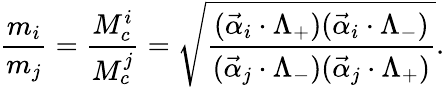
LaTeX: \frac{m_{i}}{m_{j}}=\frac{M_{c}^{i}}{M_{c}^{j}}=\sqrt{\frac{(\vec{\alpha}_{i}\cdot\Lambda_{+})(\vec{\alpha}_{i}\cdot\Lambda_{-})}{(\vec{\alpha}_{j}\cdot\Lambda_{-})(\vec{\alpha}_{j}\cdot\Lambda_{+})}}.